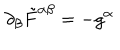
\partial _ { \beta } \tilde { F } ^ { \alpha \beta } = - g ^ { \alpha }